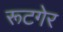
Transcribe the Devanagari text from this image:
रूटगेर